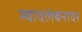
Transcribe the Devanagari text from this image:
स्वावलंबनावर